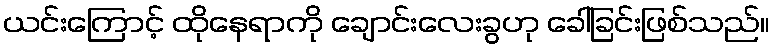
ယင်းကြောင့် ထိုနေရာကို ချောင်းလေးခွဟု ခေါ်ခြင်းဖြစ်သည်။